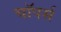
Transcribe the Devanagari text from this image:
चाॅपर्स